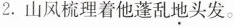
2.山风梳理着他蓬乱地头发。